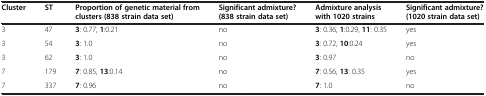
<table><thead><tr><td><b>Cluster</b></td><td><b>ST</b></td><td><b>Proportion of genetic material from clusters (838 strain data set)</b></td><td><b>Significant admixture? (838 strain data set)</b></td><td><b>Admixture analysis with 1020 strains</b></td><td><b>Significant admixture? (1020 strain data set)</b></td></tr></thead><tbody><tr><td>3</td><td>47</td><td><b>3</b>: 0.77, <b>1</b>:0.21</td><td>no</td><td><b>3</b>: 0.36, <b>1</b>:0.29, <b>11</b>: 0.35</td><td>yes</td></tr><tr><td>3</td><td>54</td><td><b>3</b>: 1.0</td><td>no</td><td><b>3</b>: 0.72, <b>10</b>:0.24</td><td>yes</td></tr><tr><td>3</td><td>62</td><td><b>3</b>: 1.0</td><td>no</td><td><b>3</b>: 0.97</td><td>no</td></tr><tr><td>7</td><td>179</td><td><b>7</b>: 0.85, <b>13</b>:0.14</td><td>no</td><td><b>7</b>: 0.56, <b>13</b>: 0.35</td><td>yes</td></tr><tr><td>7</td><td>337</td><td><b>7</b>: 0.96</td><td>no</td><td><b>7</b>: 1.0</td><td>no</td></tr></tbody></table>